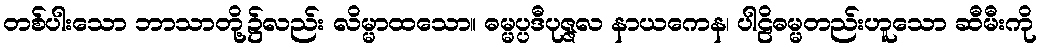
တစ်ပါးသော ဘာသာတို့၌လည်း လိမ္မာထသော။ ဓမ္မပ္ပဒီပုဇ္ဇလ နာယကေန၊ ပါဠိဓမ္မတည်းဟူသော ဆီမီးကို